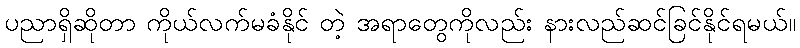
ပညာရှိဆိုတာ ကိုယ်လက်မခံနိုင် တဲ့ အရာတွေကိုလည်း နားလည်ဆင်ခြင်နိုင်ရမယ်။